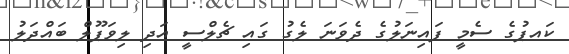
ކައޕުގެ ސެމީ ފައިނަލުގެ ދެވަނަ ލެގު ގައި ޗެލްސީ އަދި ލިވަޕޫލް ބައްދަލު